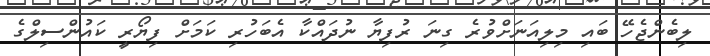
ލިބެންޖެހޭ ބައި މިލިއަނަށްވުރެ ގިނަ ރުފިޔާ ނުދައްކާ އެބަހުރި ކަމަށް ފިޔޯރީ ކައުންސިލްގެ